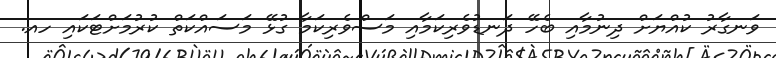
ވަނގާރު ކުއްޔަށް ދިނުމާއި ބެހޭ ދަނޑުވެރިކަމާއި މަސްވެރިކަމާ ގުޅޭ މަސައްކަތް ކުރުމަށްޓަކައި ހއ.